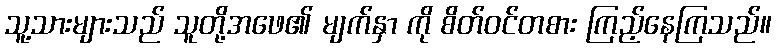
သူ့သားများသည် သူတို့အဖေ၏ မျက်နှာ ကို စိတ်ဝင်တစား ကြည့်နေကြသည်။